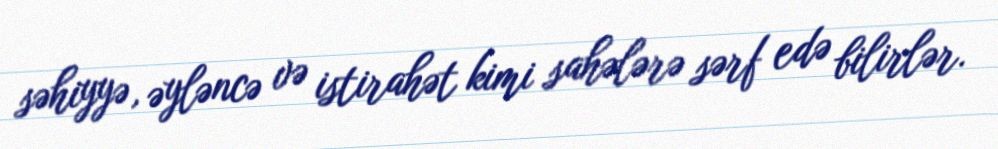
səhiyyə, əyləncə və istirahət kimi sahələrə sərf edə bilirlər.